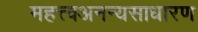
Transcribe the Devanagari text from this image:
महत्त्वअनन्यसाधारण